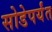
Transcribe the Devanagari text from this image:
सोडेपर्यंत